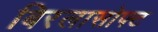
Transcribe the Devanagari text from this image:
बिरलासोफ्ट